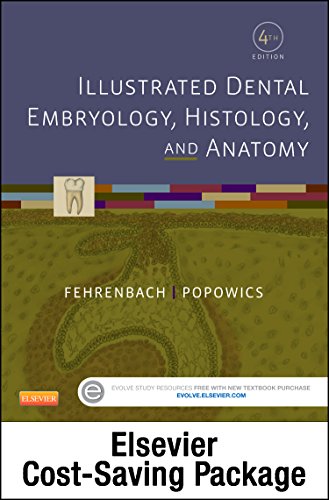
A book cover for Illustrated Dental Embryology, Histology, and Anatomy - Text and Student Workbook Package, 4e; Margaret J. Fehrenbach RDH  MS; Medical Books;